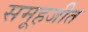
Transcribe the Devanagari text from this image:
समूहजीत